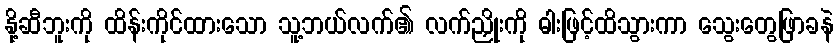
နို့ဆီဘူးကို ထိန်းကိုင်ထားသော သူ့ဘယ်လက်၏ လက်ညှိုးကို ဓါးဖြင့်ထိသွားကာ သွေးတွေဖြာခနဲ